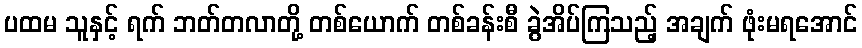
ပထမ သူနှင့် ရက် ဘတ်တလာတို့ တစ်ယောက် တစ်ခန်းစီ ခွဲအိပ်ကြသည့် အချက် ဖုံးမရအောင်